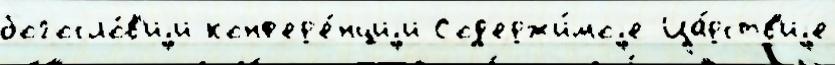
богосло́в'иjи конф'ер'е́нциjи Сод'ержи́моjе Ца́рств'иjе